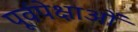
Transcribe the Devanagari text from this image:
पूर्वपेक्षाओं